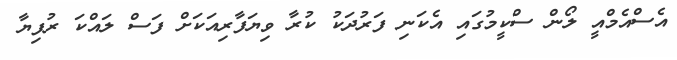
އެސްއެމްއީ ލޯން ސްކީމުގައި އެކަނި ފަރުދަކު ކުރާ ވިޔަފާރިއަކަށް ފަސް ލައްކަ ރުފިޔާ